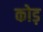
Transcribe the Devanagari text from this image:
कोड़